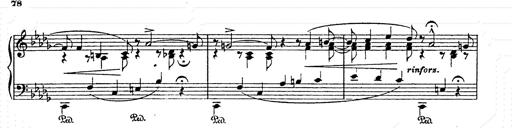
Title: AnnÃ©es de pÃ¨lerinage II
Composer: Franz Liszt